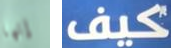
إنها كيف